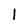
Character: I